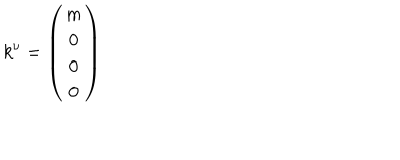
LaTeX: k ^ { \nu } = \left( \begin{array} { c } { { m } } \\ { { 0 } } \\ { { 0 } } \\ { { 0 } } \\ \end{array} \right)